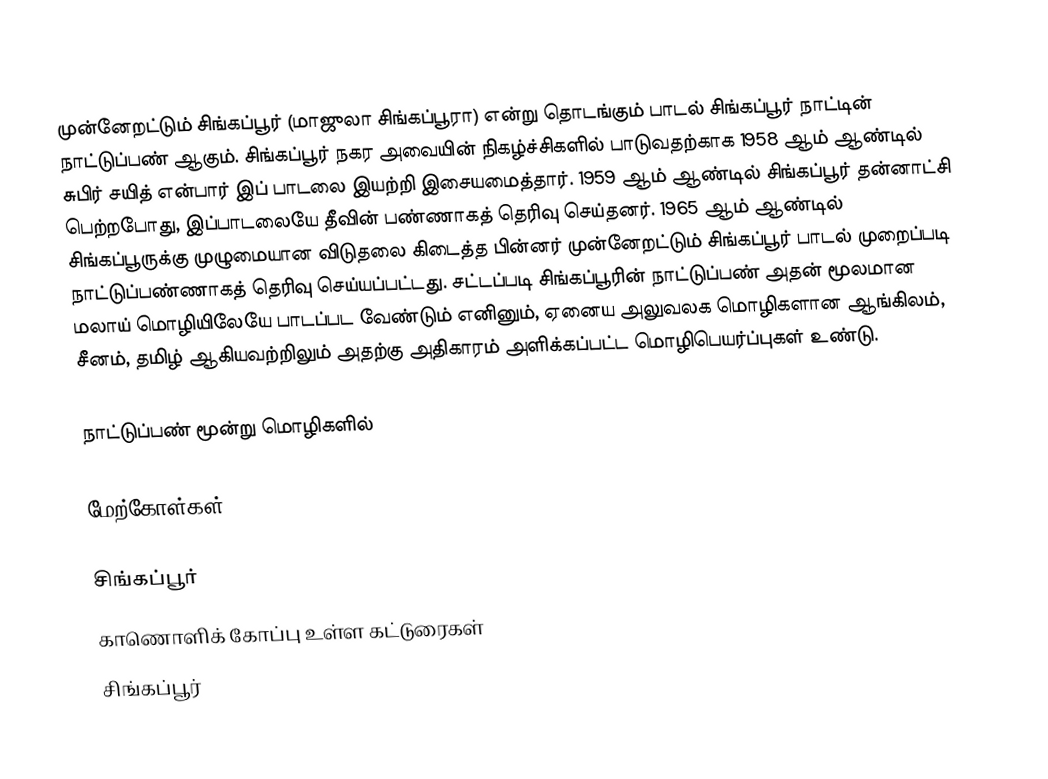
முன்னேறட்டும் சிங்கப்பூர் (மாஜுலா சிங்கப்பூரா) என்று தொடங்கும் பாடல் சிங்கப்பூர் நாட்டின் நாட்டுப்பண் ஆகும். சிங்கப்பூர் நகர அவையின் நிகழ்ச்சிகளில் பாடுவதற்காக 1958 ஆம் ஆண்டில் சுபிர் சயித் என்பார் இப் பாடலை இயற்றி இசையமைத்தார். 1959 ஆம் ஆண்டில் சிங்கப்பூர் தன்னாட்சி பெற்றபோது, இப்பாடலையே தீவின் பண்ணாகத் தெரிவு செய்தனர். 1965 ஆம் ஆண்டில் சிங்கப்பூருக்கு முழுமையான விடுதலை கிடைத்த பின்னர் முன்னேறட்டும் சிங்கப்பூர் பாடல் முறைப்படி நாட்டுப்பண்ணாகத் தெரிவு செய்யப்பட்டது. சட்டப்படி சிங்கப்பூரின் நாட்டுப்பண் அதன் மூலமான மலாய் மொழியிலேயே பாடப்பட வேண்டும் எனினும், ஏனைய அலுவலக மொழிகளான ஆங்கிலம், சீனம், தமிழ் ஆகியவற்றிலும் அதற்கு அதிகாரம் அளிக்கப்பட்ட மொழிபெயர்ப்புகள் உண்டு.

நாட்டுப்பண் மூன்று மொழிகளில்

மேற்கோள்கள்

சிங்கப்பூர்
காணொளிக் கோப்பு உள்ள கட்டுரைகள்
சிங்கப்பூர்